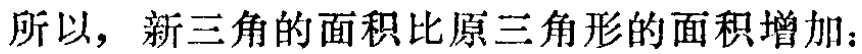
所以，新三角的面积比原三角形的面积增加：